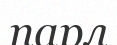
парл